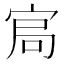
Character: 𡨅